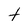
Character: t